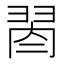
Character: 𦐯